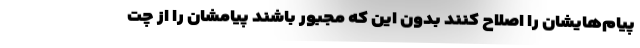
پیام‌هایشان را اصلاح کنند بدون این که مجبور باشند پیامشان را از چت